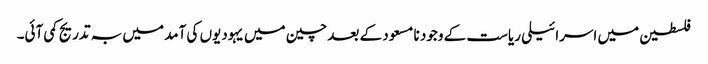
فلسطین میں اسرائیلی ریاست کے وجود نا مسعود کے بعد چین میں یہودیوں کی آمد میں بہ تدریج کمی آئی۔